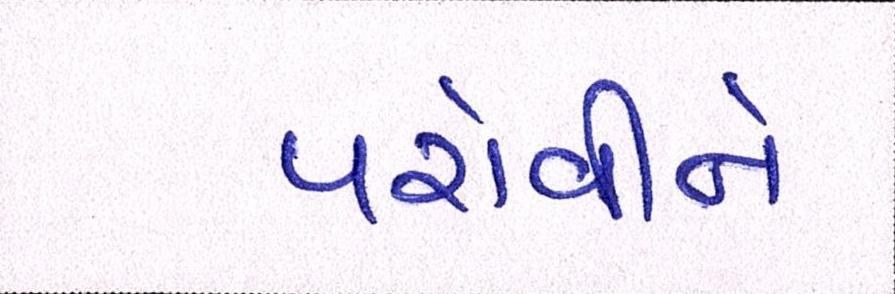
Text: પરોવીને